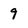
Character: 9